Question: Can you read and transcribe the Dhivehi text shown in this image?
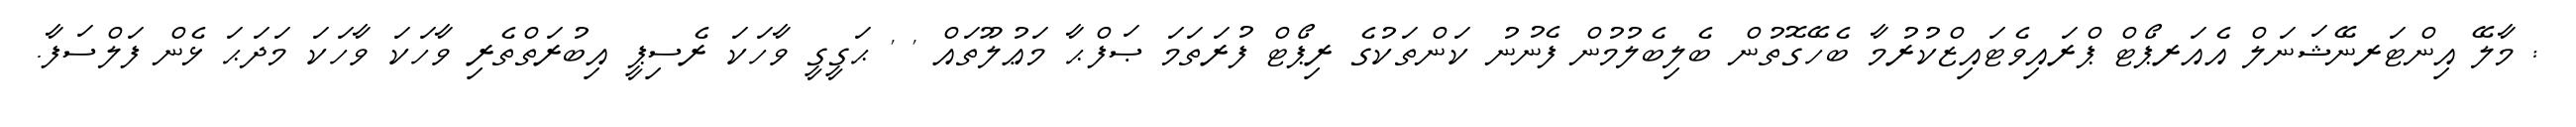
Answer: : މާލޭ އިންޓަރނޭޝަނަލް އެއަރޕޯޓް ޕްރައިވެޓައިޒްކުރުމާ ބެހޭގޮތުން ބެލިބެލުމުން ފެނުނު ކަންތަކުގެ ރިޕޯޓް ފުރަތަމަ ޞަފްޙާ މަޢުލޫތައް ' ' ޙަގީގީ ވާހަކަ ރެސިޕީ އިބުރަތްތެރި ވާހަކަ ވާހަކަ މަދަޙަ ޅެން ފަލްސަފާ.